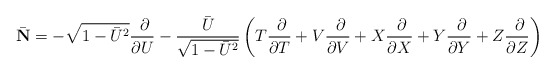
\begin{align*}\bar {\bf N}=-\sqrt{1-\bar U^2}\frac{~\partial }{\partial U}-\frac{\bar U}{\sqrt{1-\bar U^2}}\left( T\frac{~\partial }{\partial T}+V\frac{~\partial }{\partial V}+X\frac{~\partial }{\partial X}+Y\frac{~\partial }{\partial Y}+Z\frac{~\partial }{\partial Z}\right)\end{align*}